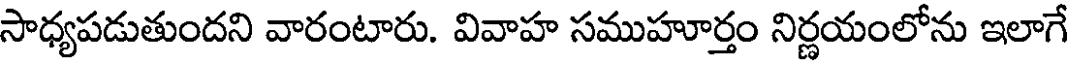
సాధ్యపడుతుందని వారంటారు. వివాహ సముహూర్తం నిర్ణయంలోను ఇలాగే